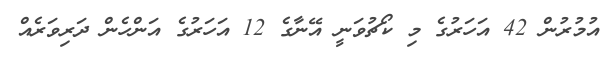
އުމުރުން 42 އަހަރުގެ މި ކޯޗުވަނީ އޭނާގެ 12 އަހަރުގެ އަންހެން ދަރިވަރެއް